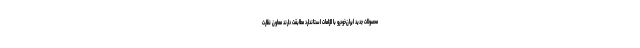
محصولات جدید ایران‌خودرو با الزامات استاندارد مطابقت دارند معاون نظارت